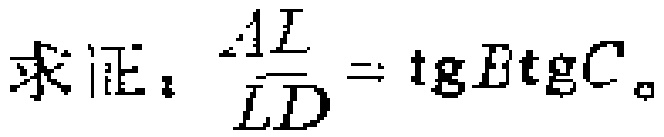
求证：$\frac{AL}{LD}=\text{tg}B\text{tg}C$。